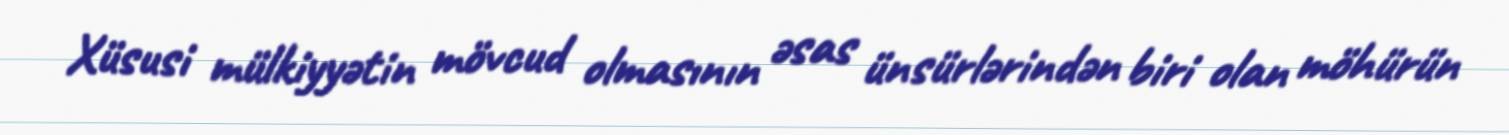
Xüsusi mülkiyyətin mövcud olmasının əsas ünsürlərindən biri olan möhürün